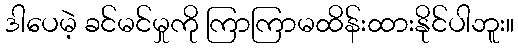
ဒါပေမဲ့ ခင်မင်မှုကို ကြာကြာမထိန်းထားနိုင်ပါဘူး။